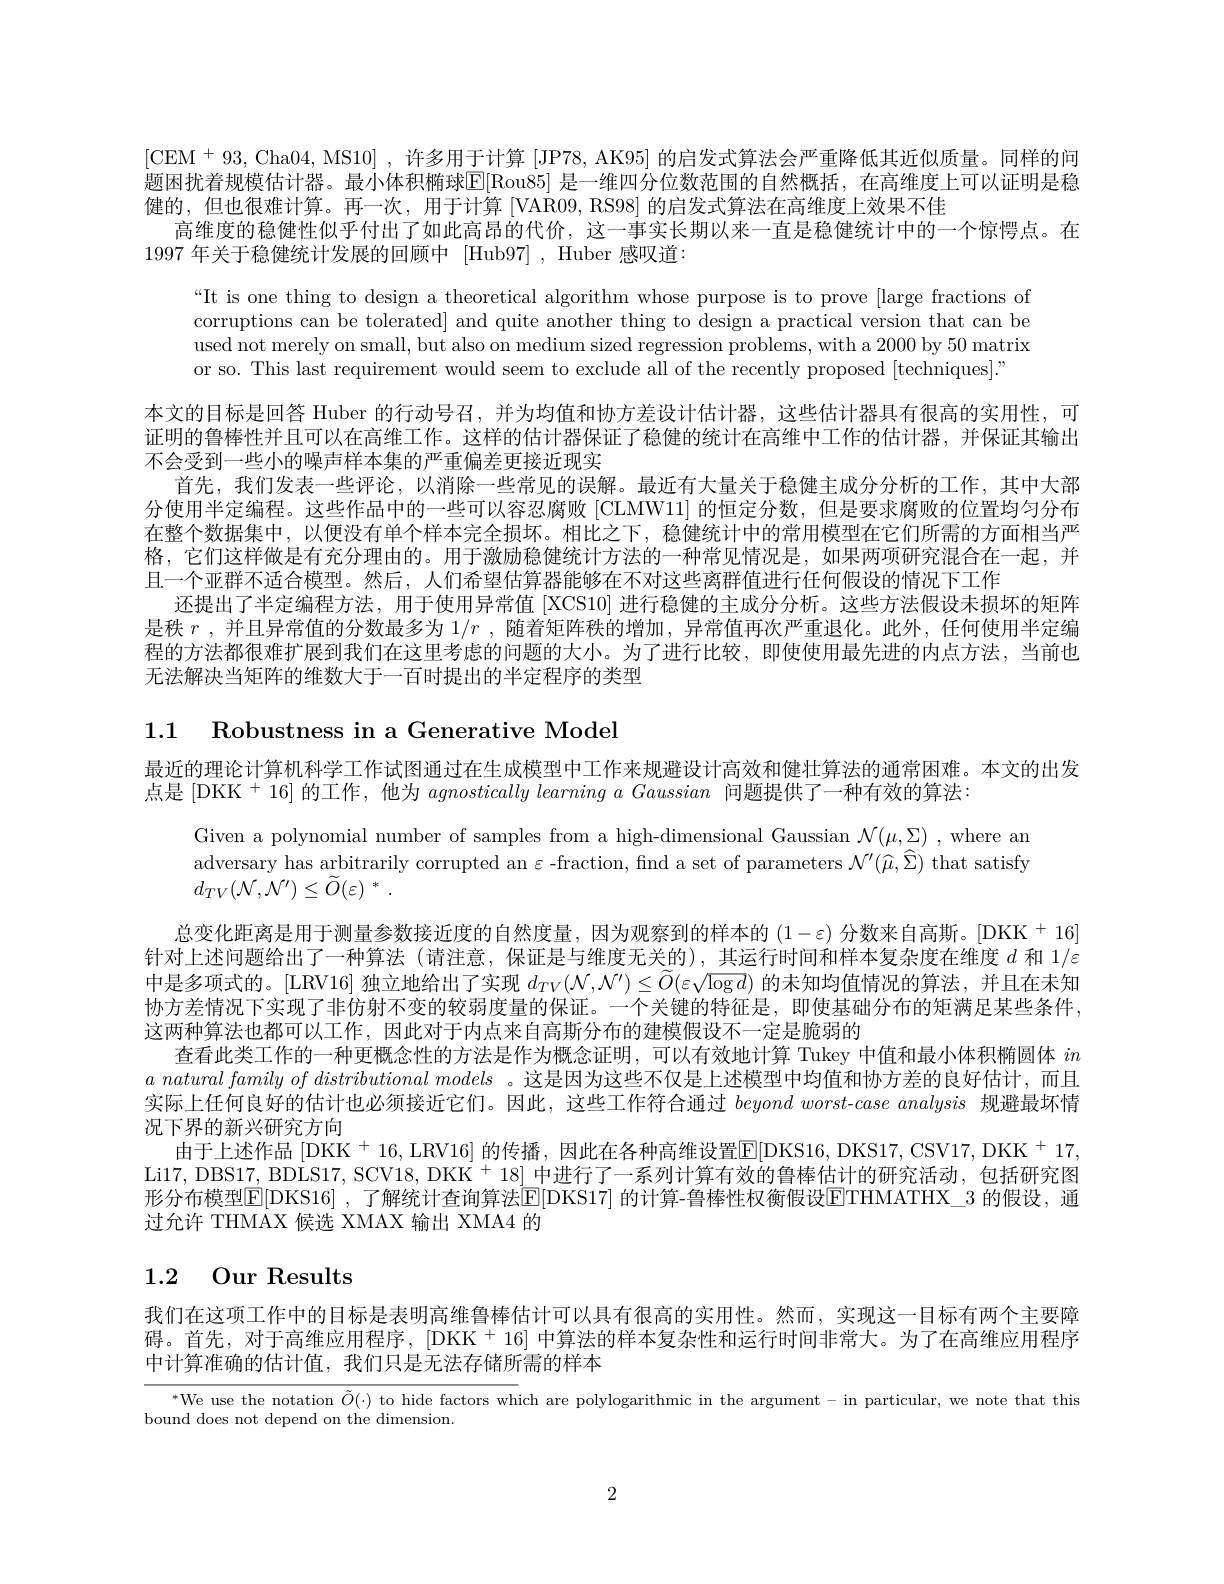
[CEM $^+93$, Cha04, MS10],许多用于计算 [JP78, AK95] 的启发式算法会严重降低其近似质量。同样的问题困扰着规模估计器。最小体积椭球$\mathbb{E}[$Rou85] 是一维四分位数范围的自然概括，在高维度上可以证明是稳健的，但也很难计算。再一次，用于计算 [VAR09, RS98] 的启发式算法在高维度上效果不佳
高维度的稳健性似乎付出了如此高昂的代价，这一事实长期以来一直是稳健统计中的一个惊愕点。在
1997年关于稳健统计发展的回顾中[Hub97],Huber 感叹道：

“It is one thing to design a theoretical algorithm whose purpose is to prove [large fractions of corruptions can be tolerated] and quite another thing to design a practical version that can be used not merely on small, but also on medium sized regression problems, with a 2000 by 50 matrix or so. This last requirement would seem to exclude all of the recently proposed [techniques]."
本文的目标是回答 Huber 的行动号召，并为均值和协方差设计估计器，这些估计器具有很高的实用性，可证明的鲁棒性并且可以在高维工作。这样的估计器保证了稳健的统计在高维中工作的估计器，并保证其输出不会受到一些小的噪声样本集的严重偏差更接近现实
首先，我们发表一些评论，以消除一些常见的误解。最近有大量关于稳健主成分分析的工作，其中大部分使用半定编程。这些作品中的一些可以容忍腐败 [CLMW11] 的恒定分数，但是要求腐败的位置均匀分布在整个数据集中，以便没有单个样本完全损坏。相比之下，稳健统计中的常用模型在它们所需的方面相当严格，它们这样做是有充分理由的。用于激励稳健统计方法的一种常见情况是，如果两项研究混合在一起，并且一个亚群不适合模型。然后，人们希望估算器能够在不对这些离群值进行任何假设的情况下工作
还提出了半定编程方法，用于使用异常值[XCS10] 进行稳健的主成分分析。这些方法假设未损坏的矩阵是秩$r$ ,并且异常值的分数最多为$1/r$ ,随着矩阵秩的增加，异常值再次严重退化。此外，任何使用半定编程的方法都很难扩展到我们在这里考虑的问题的大小。为了进行比较，即使使用最先进的内点方法，当前也九法解决当矩阵的维数大于一白时提出的半定程序的类型

1.1 Robustness in a Generative Model

最近的理论计算机科学工作试图通过在生成模型中工作来规避设计高效和健壮算法的通常困难。本文的出发
点是 [DKK $^+16]$的工作，他为$agnostically\textit{ learning a Gaussian 问 题 提 供 了 一 种 有 效 的 算 法 }:$

Given a polynomial number of samples from a high-dimensional Gaussian $\mathcal{N}(\mu,\Sigma)$ ,where an adversary has arbitrarily corrupted an $\varepsilon$ -fraction, fnd a set of parameters $\mathcal{N}^\prime(\widehat{\mu},\widehat{\Sigma})$ that satisfy
$$d_{TV}(\mathcal{N},\mathcal{N}^{\prime})\leq\widetilde{O}(\varepsilon)^{*}\:.$$
总变化距离是用于测量参数接近度的自然度量，因为观察到的样本的$(1-\varepsilon)$分数来自高斯。[DKK+16] 针对上述问题给出了一种算法(请注意，保证是与维度无关的),其运行时间和样本复杂度在维度$d$和 1/ε 中是多项式的。[LRV16] 独立地给出了实现$d_{TV}(\mathcal{N},\mathcal{N}^{\prime})\leq\widetilde{O}(\varepsilon\sqrt{\log d})$的未知均值情况的算法，并且在未知协方差情况下实现了非仿射不变的较弱度量的保证。一个关键的特征是，即使基础分布的矩满足某些条件， 这两种算法也都可以工作，因此对于内点来自高斯分布的建模假设不一定是脆弱的
查看此类工作的一种更概念性的方法是作为概念证明，可以有效地计算 Tukey 中值和最小体积椭圆体$in$ $a$ natural family of distributional models 。这是因为这些不仅是上述模型中均值和协方差的良好估计，而且实际上任何良好的估计也必须接近它们。因此，这些工作符合通过$beyond\textit{ worst- case analysis 规 避 最 坏 情 }$ 况下界的新兴研究方向
由于上述作品 [DKK$^+$ 16, LRV16] 的传播，因此在各种高维设置$\mathbb{E}[$DKS16, DKS17, CSV17, DKK $^+17$, Li17, DBS17, BDLS17, SCV18, DKK $^{+}$ 18] 中进行了一系列计算有效的鲁棒估计的研究活动，包括研究图形分布模型$\mathbb{E}[$DKS16] ,了解统计查询算法$\mathbb{E}[$DKS17] 的计算-鲁棒性权衡假设$\mathbb{E}$THMATHX\_3 的假设，通过允许 THMAX 候选 XMAX 输出 XMA4 的

# 1.2 Our Results

我们在这项工作中的目标是表明高维鲁棒估计可以具有很高的实用性。然而，实现这一目标有两个主要障$碍。首先，对于高维应用程序，[DKK^{+}16] 中算法的样本复杂性和运行时间非常大。为了在高维应用程序$ 中计算准确的估计值，我们只是无法存储所需的样本
We use the notation $\tilde{O}(\cdot)$ to hide factors which are polylogarithmic in the argument- in particular, we note that this
bound does not depend on the dimension.

2